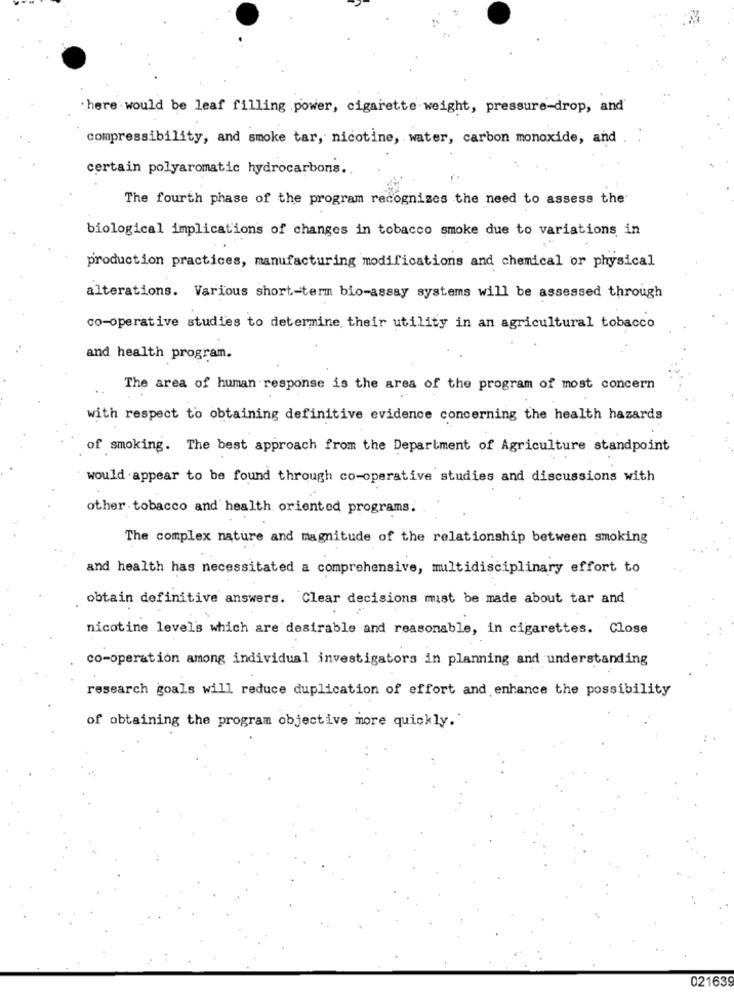
there would be leaf filling .power, cigarette weight, pressure-drop, and'
compressibility, and smoke tar, nicotine, water, carbon monoxide, and
certain polyaromatic hydrocarbons.
The fourth phase of the program recognizes the need to assess the
biological implications of changes in tobacco smoke due to variations in
production practices, manufacturing modifications and chemical or physical
alterations. Various short-term bio-assay systems will be assessed through
co-operative studies to determine their utility in an agricultural tobacco
and health program.
..
The area of human response is the area of the program of most concern
with respect to obtaining definitive evidence concerning the health hazards
of smoking. The best approach from the Department of Agriculture standpoint
would appear to be found through co-operative studies and discussions with
other tobacco and health oriented programs.
The complex nature and magnitude of the relationship between smoking
and health has necessitated a comprehensive, multidisciplinary effort to
obtain definitive answers. Clear decisions must be made about tar and
nicotine level's which are desirable and reasonable, in cigarettes. Close
co-operation among individual investigators in planning and understanding
research goals will reduce duplication of effort and enhance the possibility
of obtaining the program objective more quickly.'
021639